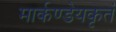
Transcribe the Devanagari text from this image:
मार्कण्डेयकृतं